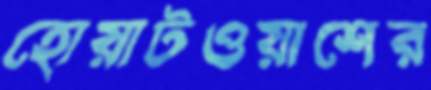
হোয়াটওয়াশের